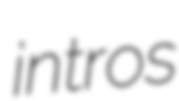
intros